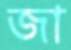
জা